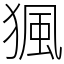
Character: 猦